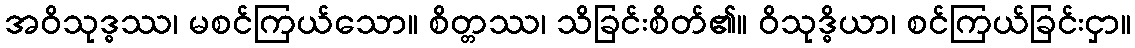
အဝိသုဒ္ဓဿ၊ မစင်ကြယ်သော။ စိတ္တဿ၊ သိခြင်းစိတ်၏။ ဝိသုဒ္ဓိယာ၊ စင်ကြယ်ခြင်းငှာ။